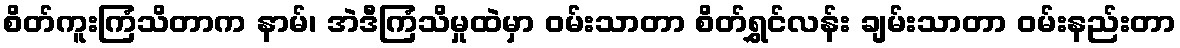
စိတ်ကူးကြံသိတာက နာမ်၊ အဲဒီကြံသိမှုထဲမှာ ဝမ်းသာတာ စိတ်ရွှင်လန်း ချမ်းသာတာ ဝမ်းနည်းတာ